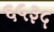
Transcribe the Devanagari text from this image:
६५३५